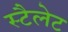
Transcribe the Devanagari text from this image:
स्टैलेट